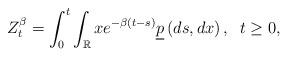
LaTeX: \begin{align*} Z_t^{\beta} = \int_0^t \int_{\mathbb{R}} x e^{-\beta\left(t-s\right)} \underline{p}\left(ds,dx\right),\;\;t\geq 0,\end{align*}